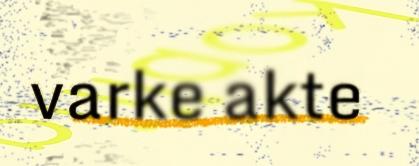
varke akte